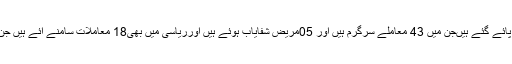
راجوری ضلع میں کورونا کے اب تک48 مریض پائے گئے ہیںجن میں 43 معاملے سرگرم ہیں اور 05مریض شفایاب ہوئے ہیں اورریاسی میں بھی18 معاملات سامنے آئے ہیں جن میں15سرگرم ہیں اور03 اَفراد شفایاب ہوئے ہیں۔